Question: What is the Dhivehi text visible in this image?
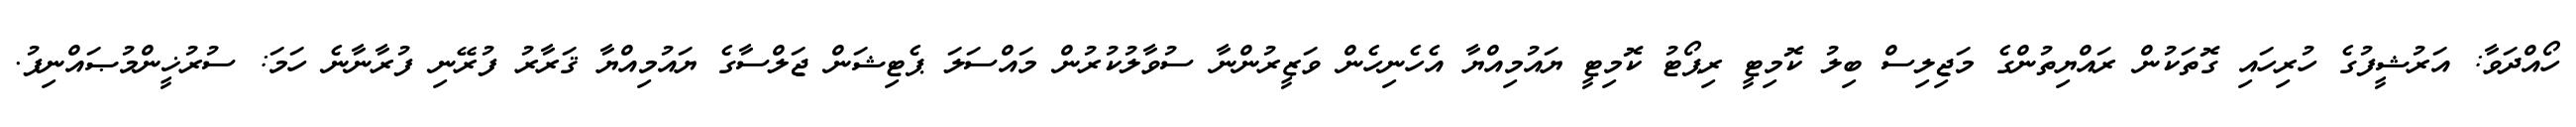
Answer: ހޯއްދަވާ: އަރުޝީފުގެ ހުރިހައި ގޮތަކުން ރައްޔިތުންގެ މަޖިލިސް ބިލު ކޮމިޓީ ރިޕޯޓު ކޮމިޓީ ޔައުމިއްޔާ އެހެނިހެން ވަޒީރުންނާ ސުވާލުކުރުން މައްސަލަ ޕެޓިޝަން ޖަލްސާގެ ޔައުމިއްޔާ ޤަރާރު ފުރޭނި ފުރާނާނެ ހަމަ: ސުރުޚީންމުޞައްނިފު.